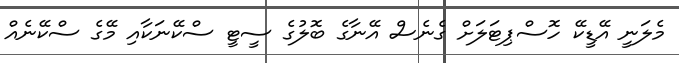
މެލަނީ އޭޑީކޭ ހޮސްޕިޓަލަށް ގެނެސް އޭނާގެ ބޮލުގެ ސީޓީ ސްކޭނަކާއި މޭގެ ސްކޭނެއް